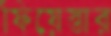
ফিয়েস্তার